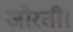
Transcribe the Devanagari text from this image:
जोरती।